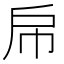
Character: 帍